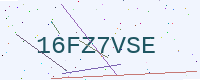
Text: 16FZ7VSE